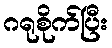
ဂရုစိုက်ပြီး